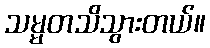
သမ္မတသိသွားတယ်။